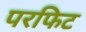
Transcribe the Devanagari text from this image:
परफिट